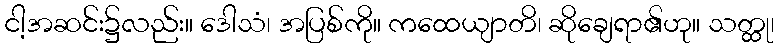
ငါ့အဆင်း၌လည်း။ ဒေါသံ၊ အပြစ်ကို။ ကထေယျာတိ၊ ဆိုချေရာ၏ဟု။ သတ္ထု၊